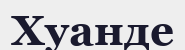
Хуанде